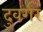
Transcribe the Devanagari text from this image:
दुवर्गर